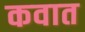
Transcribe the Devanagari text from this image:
कवात